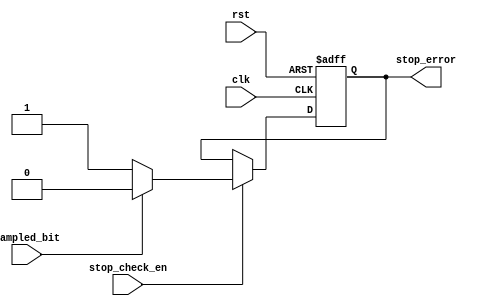
module stop_check (clk, rst, stop_check_en, sampled_bit, stop_error);
    input clk, rst; 
    input stop_check_en; 
    input sampled_bit;
    
    output reg stop_error;

    always @(posedge clk, negedge rst) begin
        if(!rst)
            stop_error <= 1'b0;

        else if (stop_check_en) begin
        if (!sampled_bit)
            stop_error <= 1'b1;
        else
            stop_error <= 1'b0;
        end
    end
endmodule